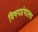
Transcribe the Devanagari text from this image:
विषयग्रंथालय